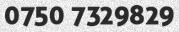
0750 7329829